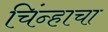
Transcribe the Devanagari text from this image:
चिंन्हाचा